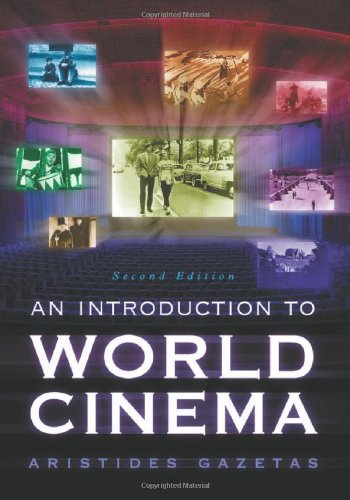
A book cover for An Introduction to World Cinema, 2d ed.; Aristides Gazetas; Humor & Entertainment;